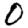
Digit: 0